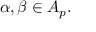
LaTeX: \alpha , \beta \in A _ { p } .